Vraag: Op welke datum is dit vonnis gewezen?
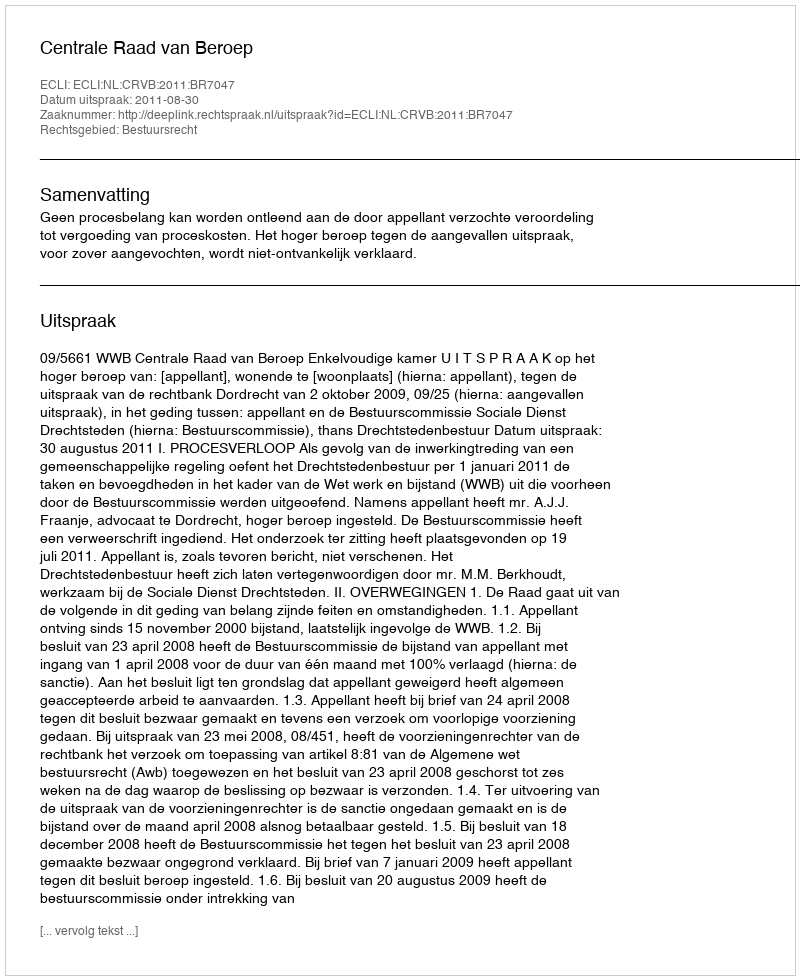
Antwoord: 2011-08-30